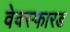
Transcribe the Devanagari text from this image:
वेक्स्फारड